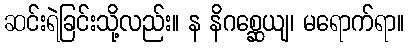
ဆင်းရဲခြင်းသို့လည်း။ န နိဂစ္ဆေယျ၊ မရောက်ရာ။